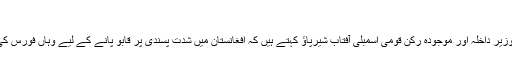
‘‘
پاکستان کے سابق وزیر داخلہ اور موجودہ رکن قومی اسمبلی آفتاب شیرپاؤ کہتے ہیں کہ افغانستان میں شدت پسندی پر قابو پانے کے لیے وہاں فورس کی ضرورت تو تھی۔